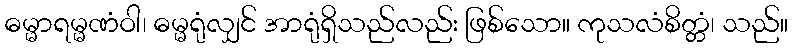
ဓမ္မာရမ္မဏံဝါ၊ ဓမ္မရုံလျှင် အာရုံရှိသည်လည်း ဖြစ်သော။ ကုသလံစိတ္တံ၊ သည်။